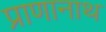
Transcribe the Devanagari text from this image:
प्राणानाथ